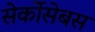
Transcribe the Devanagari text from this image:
सेर्कोसेबस